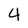
Character: 4